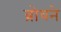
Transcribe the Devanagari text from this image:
ब्रोवने